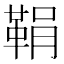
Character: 鞙